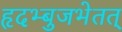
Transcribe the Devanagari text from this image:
हृदभ्बुजभेतत्